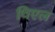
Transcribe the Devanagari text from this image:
थिएल